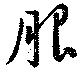
服